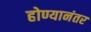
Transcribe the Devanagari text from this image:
होण्यानंतर